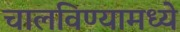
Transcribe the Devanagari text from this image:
चालविण्यामध्ये